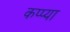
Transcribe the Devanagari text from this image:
कप्प्या